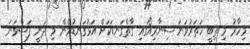
މިހާރު މި ތިބީ ހަތަރުވަނަ ސިނާރިއޯގައި ގާތްގަނޑަކަށް އަޅުގަނޑުމެން މި ދަނީ ފަސްވަނަ